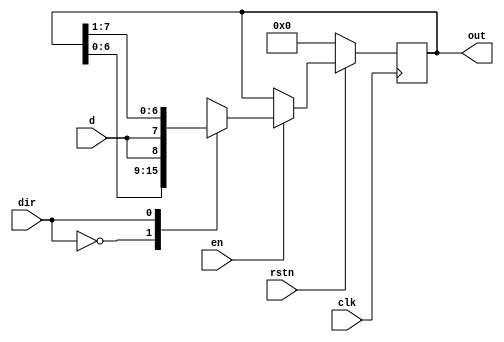
`timescale 1ns / 1ps
//////////////////////////////////////////////////////////////////////////////////
// Company: 
// Engineer: 
// 
// Design Name: 
// Module Name: Shift
// Project Name: 
// Target Devices: 
// Tool Versions: 
// Description: 
// 
// Dependencies: 
// 
// Revision:
// Revision 0.01 - File Created
// Additional Comments:
// 
//////////////////////////////////////////////////////////////////////////////////


module Shift(
    input d, clk, en, dir, rstn,
    output reg [7:0] out
    );
    
    always@(posedge clk)
        if(!rstn)
            out <= 0;
        else begin
            if (en)
                case (dir)
                    0: out <= {out[6:0], d};
                    1: out <= {d, out[7:1]};
                endcase
            else
               out <= out;
    end
endmodule